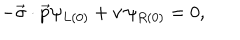
- \vec { \sigma } \cdot \vec { p } \psi _ { L ( 0 ) } + v \, \psi _ { R ( 0 ) } = 0 ,